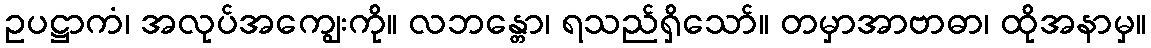
ဥပဋ္ဌာကံ၊ အလုပ်အကျွေးကို။ လဘန္တော၊ ရသည်ရှိသော်။ တမှာအာဗာဓာ၊ ထိုအနာမှ။